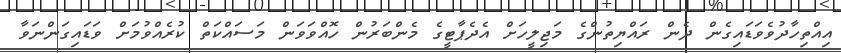
އިއްތިހާދުވެވަޑައިގެން ދެން ރައްޔިތުންގެ މަޖިލީހަށް އެދެޕާޓީގެ މެންބަރުން ހޮއްވަވަން މަސައްކަތް ކުރެއްވުމަށް ވަޑައިގަންނަވާ